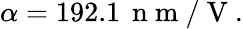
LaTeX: \alpha=192.1\, \mathrm{~n~m~}/\mathrm{~V~}.